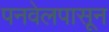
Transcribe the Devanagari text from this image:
पनवेलपासून